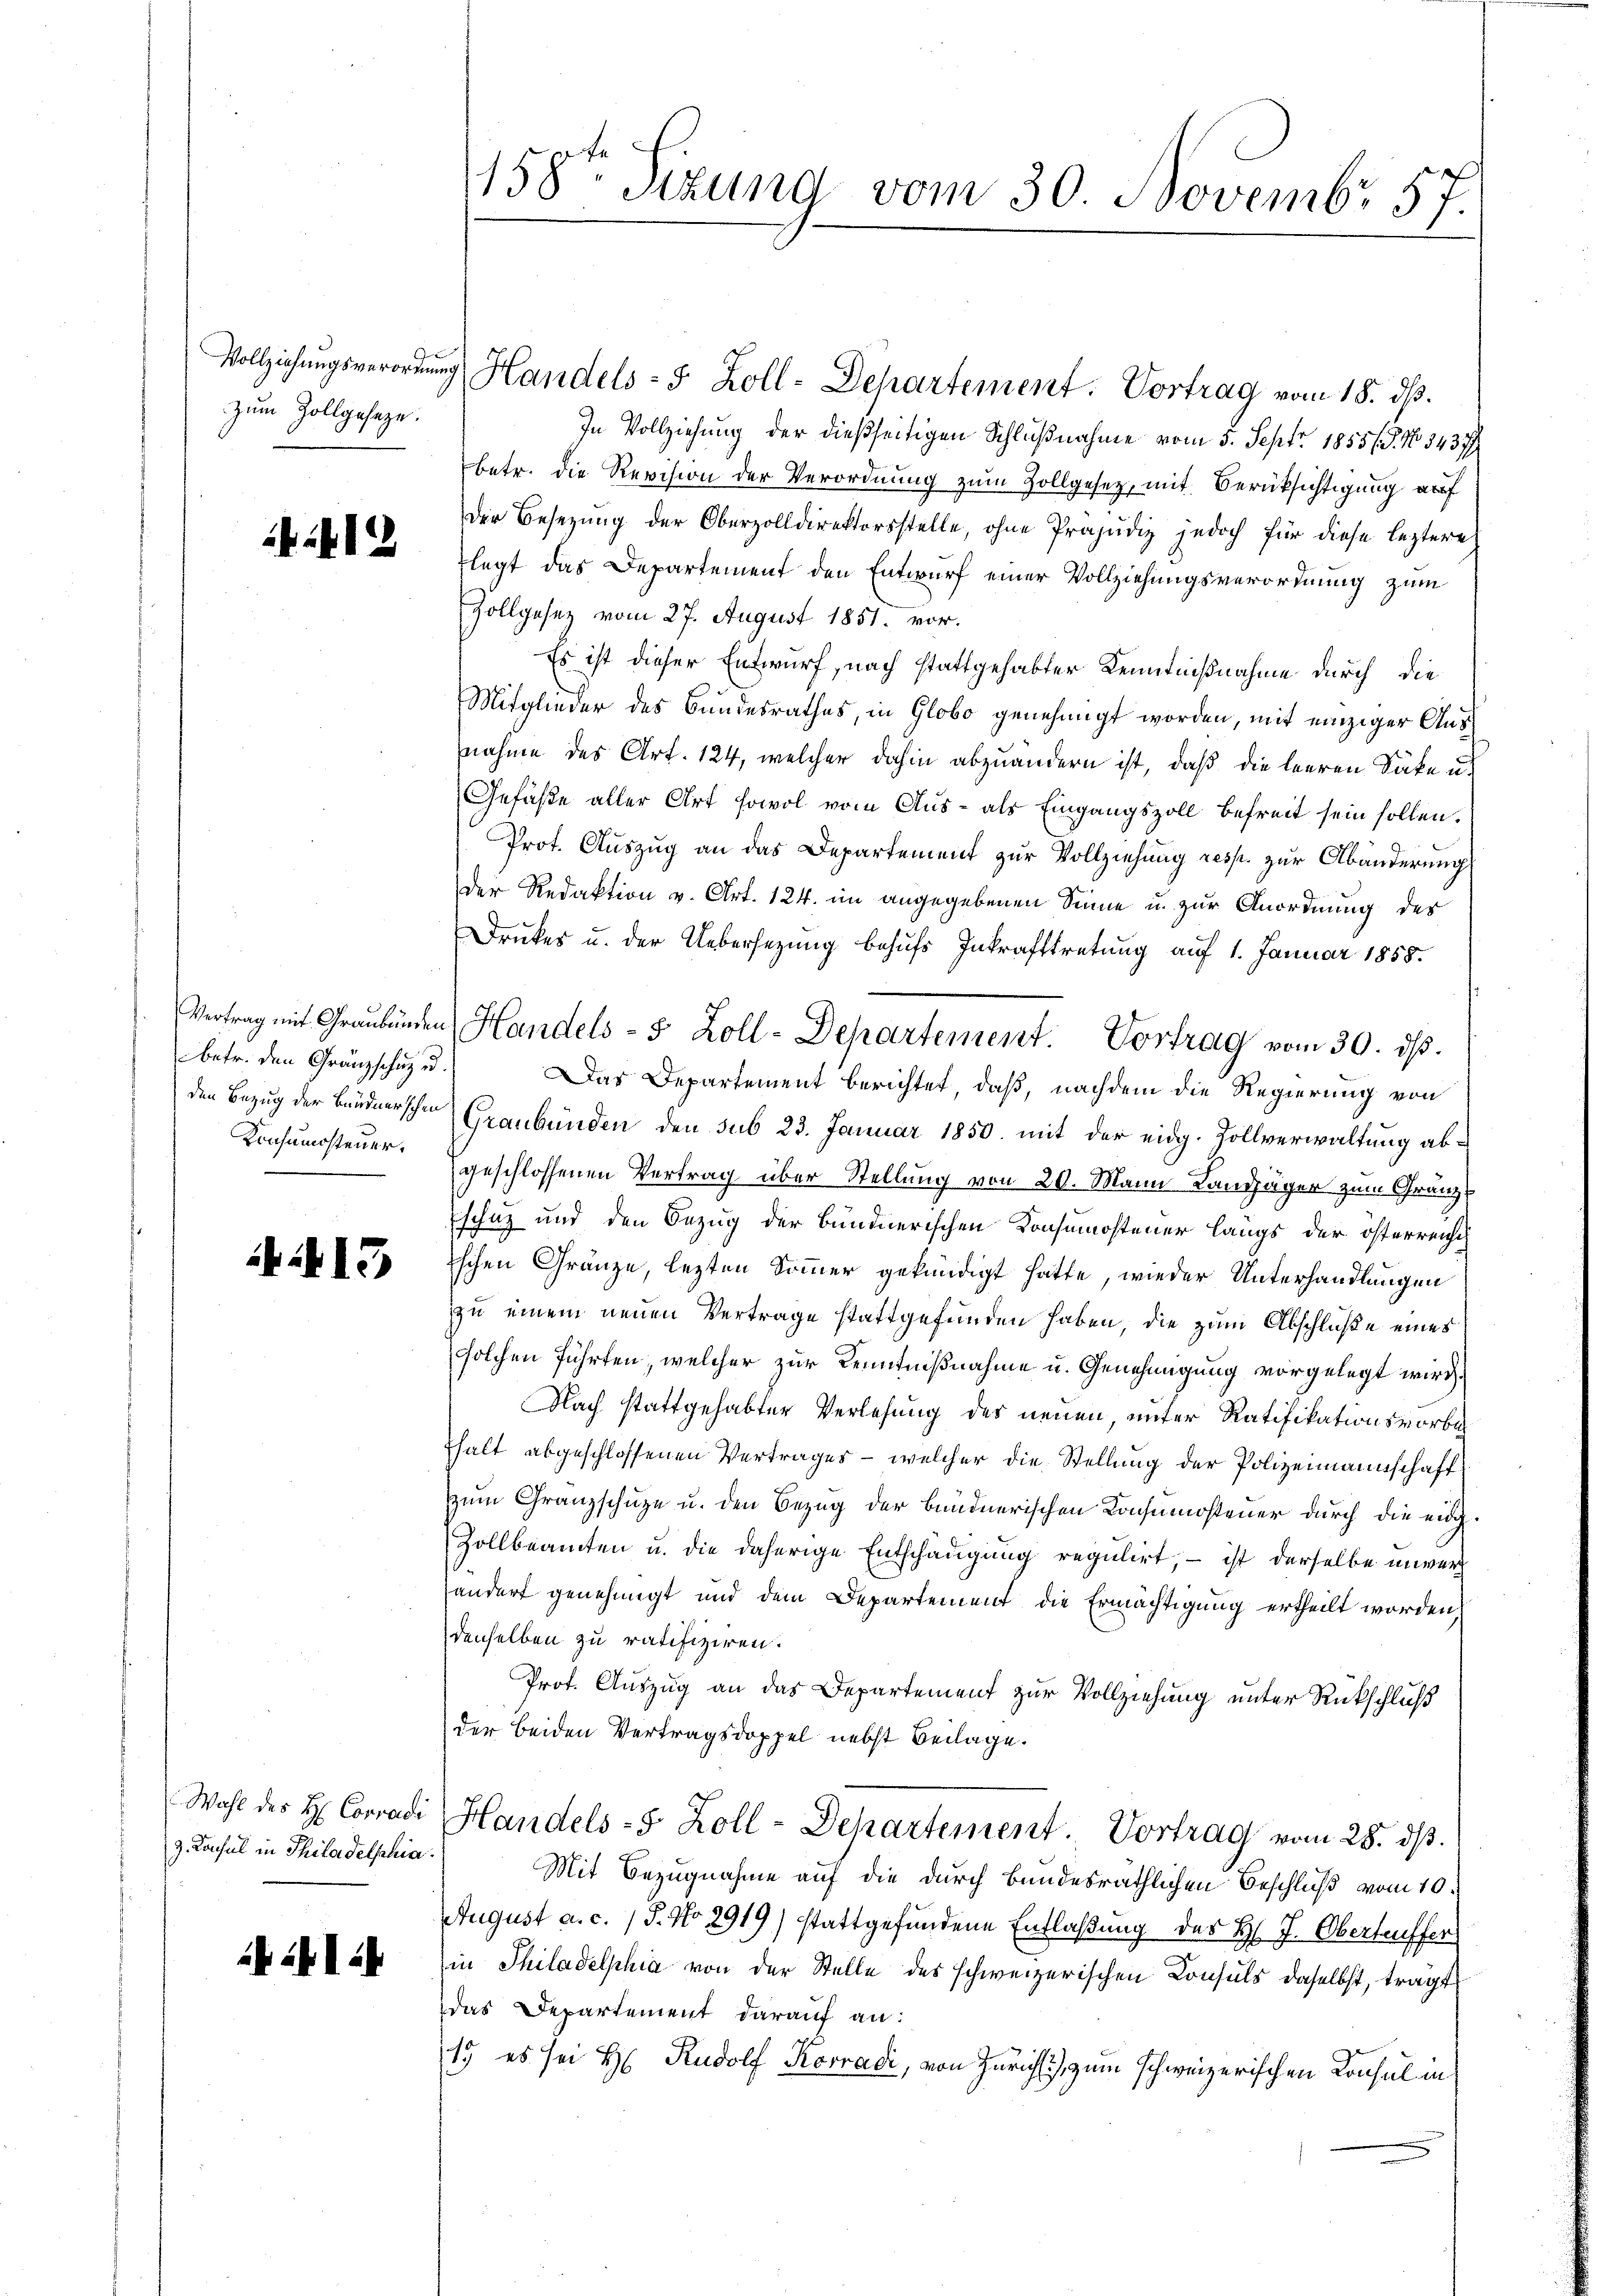
158. Sizund vom 30. Novembr 57.

zum Zollgeseze.

Vollziehŭngsverordnung Handels- 5 Zoll-Departement. Vortrag vom 18. ds.
In Vollziehung der dießseitigen Schlußnahme vom 5. Sept. 1855/ 5. No 3437
betr. die Revision der Verordnung zum Zollgesetz, mit Berücksichtigung auf
Der Besezung der Oberzolldirektorsstelle, ohne Präjudiz jedoch für diese leztere
flegt das Departement den Entwurf einer Vollziehungsverordnung zum
Zollgesez vom 27. August 1851. vor.
Es ist dieser Entwurf, nach stattgehabter Kenntnißnahme durch die
Mitglieder des Bundesrathes, in Globo genehmigt worden, mit einziger Ausnahme des Art. 124, welcher dahin abzuändern ist, daß die leeren Säke u.
Gefäße aller Art sowol vom Aus- als Eingangszoll befreit sein sollen.
Prot. Auszug an das Departement zur Vollziehung resp. zur Abänderung
Der Redaktion v. Art. 124. im angegebenen Sinne u. zur Anordnung des
Druckes u. der Uebersezung behufs Inkrafttretung auf 1. Januar 1858.
Vertrag mit Graubünden Handels- 5 Zoll-Departement. Vortrag vom 30. dβ.
Das Departement berichtet, daß, nachdem die Regierung von
den Bezug der Bündnerschen Graubünden den sub 23. Januar 1850. mit der eidg. Zollverwaltung abgeschlossenen Vertrag über Stellung von 20. Mann Landjäger zum Granz¬
Eschez und den Bezug der Bündnerischen Konsumosteuer längs der österreicht
schen Gränze, lezten Sommer gekündigt hatte, wieder Unterhandlungen
zu einem neuen Vertrage stattgefunden haben, die zum Abschluße eines
solchen führten, welcher zur Kenntnißnahme u. Genehmigung vorgelegt wird.
Nach stattgehabter Verlesung der neuen, unter Ratifikationsvorbethalt abgeschlossenen Vertrages - welcher die Stellung der Polizeimannschaft
zum Granzschütze u. den Bezug der Bündnerischen Konsumosteuer durch die eig¬
Zollbeamten u. die daherige Entschädigung regulirt, – ist derselbe inver
ändert genehmigt und dem Departement die Ermächtigung ertheilt worden,
denselben zu ratifiziren.
Prot. Auszug an das Departement zur Vollziehung unter Rückschluß
der beiden Vertragsdoppel nebst Beilage.
Handels- 5 Zoll-Departement. Vortrag vom 28. ds.
Mit Bezugnahme auf die durch bundesräthlichen Beschluß vom 10.
August a. c. / 5. No 2919) stattgefundene Entlaßung des H. J. Obertreffer
in Philadelphia von der Stelle des schweizerischen Consuls daselbst, trägt
das Departement darauf an:
1. es sei H. Rudolf Korradi, von Zürich, zum schweizerischen Konsul in

i

betr. den Gränzschuz u.
Konsumossteuer.

13

Wahl des H: Conradi
9. Konsul in Philadelphia

241. 24